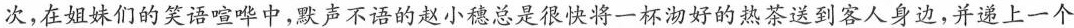
次，在姐妹们的笑语喧哗中，默声不语的赵小穗总是很快将一杯沏好的热茶送到客人身边，并递上一个